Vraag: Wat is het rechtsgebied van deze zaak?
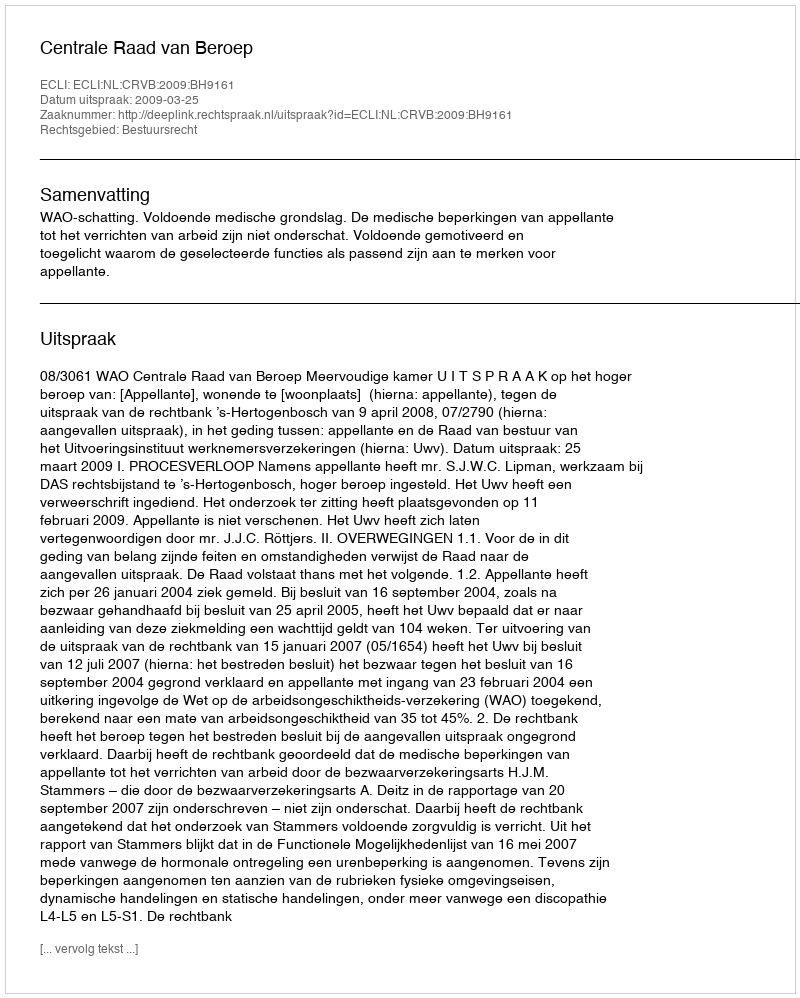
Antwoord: Bestuursrecht